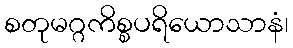
စတုမဂ္ဂကိစ္စပရိယောသာနံ၊